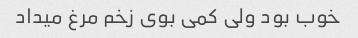
خوب بود ولی کمی بوی زخم مرغ میداد